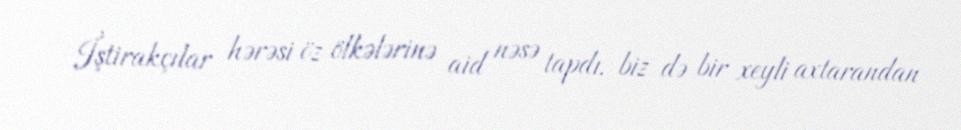
İştirakçılar hərəsi öz ölkələrinə aid nəsə tapdı, biz də bir xeyli axtarandan